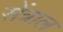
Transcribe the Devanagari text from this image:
सेंत्राल